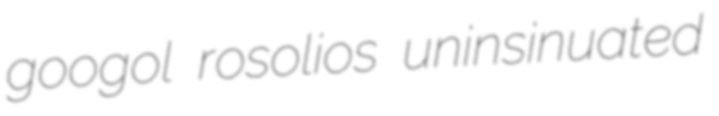
googol rosolios uninsinuated